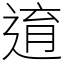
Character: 逳